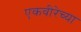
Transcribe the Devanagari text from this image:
एकवीरेच्या